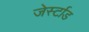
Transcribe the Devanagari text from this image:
जेर्स्टाड